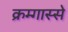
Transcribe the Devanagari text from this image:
क्रम्गास्से